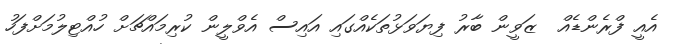
އެއީ ފްރެންޑެއް  ޒަވީން ބާރު ފިޔަވަޅުތަކެއްގައި އައިސް އެވްލީން ކުރިމައްޗަށް ހުއްޓިލުމަށްފަހު